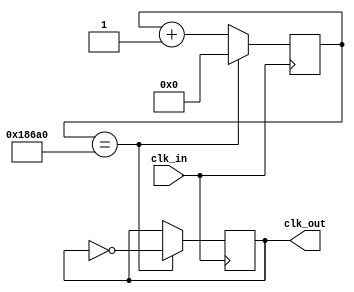
`timescale 1ns / 1ps

module ClockDivider(clk_in, clk_out);
    input clk_in;
    output clk_out;
    
    reg clk_out;
    reg [17:0] count;
    
    initial begin
        clk_out = 1'b0;
        count = 18'b0;
    end
    
    always @(posedge clk_in)
    begin
        count <= count+1;
            if (count == 100000)
            begin
                count <= 18'b0;
                clk_out = ~clk_out;  
            end
    end
endmodule